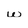
Character: w